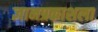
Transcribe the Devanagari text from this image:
ज्ञानप्रकाशला